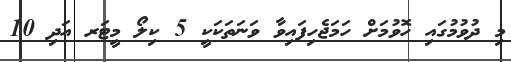
މި ދުވުމުގައި ހޮވުމަށް ހަމަޖެހިފައިވާ ވަނަތަކަކީ 5 ކިލޯ މީޓަރ އަދި 10